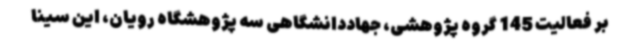
بر فعالیت 145 گروه پژوهشی، جهاددانشگاهی سه پژوهشگاه رویان، این سینا